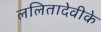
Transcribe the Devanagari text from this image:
ललितादेवीके